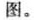
图。